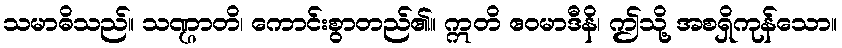
သမာဓိသည်။ သဏ္ဌာတိ၊ ကောင်းစွာတည်၏။ ဣတိ ဧဝမာဒီနိ၊ ဤသို့ အစရှိကုန်သော။